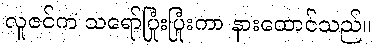
လူဇင်က သရော်ပြုံးပြုံးကာ နားထောင်သည်။